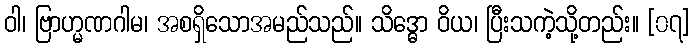
ဝါ၊ ဗြာဟ္မဏဂါမ၊ အစရှိသောအမည်သည်။ သိဒ္ဓော ဝိယ၊ ပြီးသကဲ့သို့တည်း။ [၀၇]